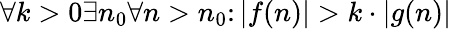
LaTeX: \forall k>0\exists n_{0}\forall n>n_{0}\colon|f(n)|>k\cdot|g(n)|